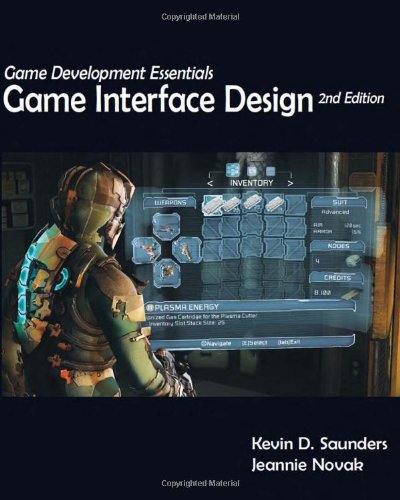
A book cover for Game Development Essentials: Game Interface Design; Kevin Saunders; Computers & Technology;